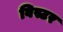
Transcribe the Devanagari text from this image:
विस्टर